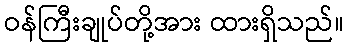
ဝန်ကြီးချုပ်တို့အား ထားရှိသည်။